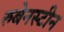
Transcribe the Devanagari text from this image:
रुबेनस्टीन